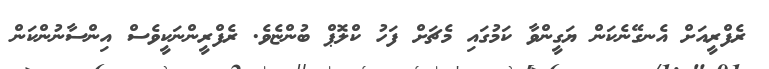
ރެފްރީއަށް އެނގޭނެކަން ޔަގީންވާ ކަމުގައި މެޗަށް ފަހު ކްލޮޕް ބުންޏެވެ. ރެފްރީންނަކީވެސް އިންސާނުންކަން